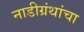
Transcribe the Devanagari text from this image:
नाडीग्रंथांचा